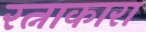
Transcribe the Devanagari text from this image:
रत्नाकारा